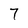
Character: 7